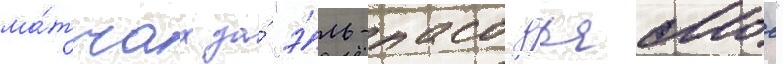
ма́тчах за́ "э́ль-пасо дьяблос"